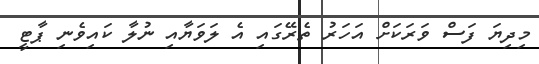
މިދިޔަ ފަސް ވަރަކަށް އަހަރު ތެރޭގައި އެ ލަވަޔާއި ނުލާ ކައިވެނި ޕާޓީ